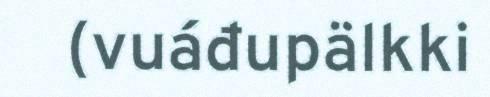
(vuáđupälkki